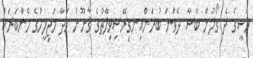
މެސީގެ ދެ ގޯލުން ބާސާ ދެވަނަ ބުރަށްއިނގިރޭސިވިލާތުގެ ޤާނޫނު ހަދާ މަޖިލީހުގެ މެންބަރަކު